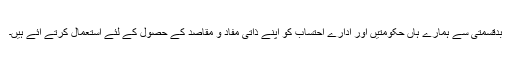
بدقسمتی سے ہمارے ہاں حکومتیں اور ادارے احتساب کو اپنے ذاتی مفاد و مقاصد کے حصول کے لئے استعمال کرتے آئے ہیں۔